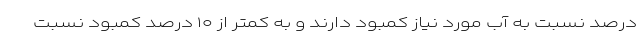
درصد نسبت به آب مورد نیاز کمبود دارند و به کمتر از ۱۰ درصد کمبود نسبت